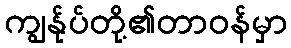
ကျွန်ုပ်တို့၏တာဝန်မှာ